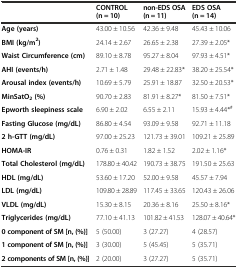
<table><thead><tr><td></td><td><b>CONTROL (n = 10)</b></td><td><b>non-EDS OSA (n = 11)</b></td><td><b>EDS OSA (n = 14)</b></td></tr></thead><tbody><tr><td><b>Age (years)</b></td><td>43.00 ± 10.56</td><td>42.36 ± 9.48</td><td>45.43 ± 10.06</td></tr><tr><td><b>BMI (kg/m</b><sup><b>2</b></sup><b>)</b></td><td>24.14 ± 2.67</td><td>26.65 ± 2.38</td><td>27.39 ± 2.05*</td></tr><tr><td><b>Waist Circumference (cm)</b></td><td>89.10 ± 8.78</td><td>95.27 ± 8.04</td><td>97.93 ± 4.51*</td></tr><tr><td><b>AHI (events/h)</b></td><td>2.71 ± 1.48</td><td>29.48 ± 22.83*</td><td>38.20 ± 25.54*</td></tr><tr><td><b>Arousal index (events/h)</b></td><td>10.69 ± 5.79</td><td>25.91 ± 18.87</td><td>32.50 ± 20.53*</td></tr><tr><td><b>MinSatO</b><sub><b>2</b></sub><b>(%)</b></td><td>90.70 ± 2.83</td><td>81.91 ± 8.27*</td><td>81.50 ± 7.51*</td></tr><tr><td><b>Epworth sleepiness scale</b></td><td>6.90 ± 2.02</td><td>6.55 ± 2.11</td><td>15.93 ± 4.44*<sup>#</sup></td></tr><tr><td><b>Fasting Glucose (mg/dL)</b></td><td>86.80 ± 4.54</td><td>93.09 ± 9.58</td><td>92.71 ± 11.18</td></tr><tr><td><b>2 h-GTT (mg/dL)</b></td><td>97.00 ± 25.23</td><td>121.73 ± 39.01</td><td>109.21 ± 25.89</td></tr><tr><td><b>HOMA-IR</b></td><td>0.76 ± 0.31</td><td>1.82 ± 1.52</td><td>2.02 ± 1.16*</td></tr><tr><td><b>Total Cholesterol (mg/dL)</b></td><td>178.80 ± 40.42</td><td>190.73 ± 38.75</td><td>191.50 ± 25.63</td></tr><tr><td><b>HDL (mg/dL)</b></td><td>53.60 ± 17.20</td><td>52.00 ± 9.58</td><td>45.57 ± 7.94</td></tr><tr><td><b>LDL (mg/dL)</b></td><td>109.80 ± 28.89</td><td>117.45 ± 33.65</td><td>120.43 ± 26.06</td></tr><tr><td><b>VLDL (mg/dL)</b></td><td>15.30 ± 8.15</td><td>20.36 ± 8.16</td><td>25.50 ± 8.16*</td></tr><tr><td><b>Triglycerides (mg/dL)</b></td><td>77.10 ± 41.13</td><td>101.82 ± 41.53</td><td>128.07 ± 40.64*</td></tr><tr><td><b>0 component of SM [n, (%)]</b></td><td>5 (50.00)</td><td>3 (27.27)</td><td>4 (28.57)</td></tr><tr><td><b>1 component of SM [n, (%)]</b></td><td>3 (30.00)</td><td>5 (45.45)</td><td>5 (35.71)</td></tr><tr><td><b>2 components of SM [n, (%)]</b></td><td>2 (20.00)</td><td>3 (27.27)</td><td>5 (35.71)</td></tr></tbody></table>